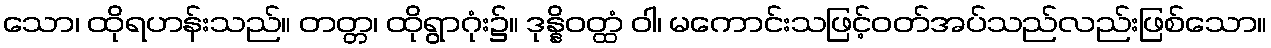
သော၊ ထိုရဟန်းသည်။ တတ္တ၊ ထိုရွာဂုံး၌။ ဒုန္နိဝတ္ထံ ဝါ၊ မကောင်းသဖြင့်ဝတ်အပ်သည်လည်းဖြစ်သော။